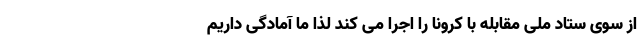
از سوی ستاد ملی مقابله با کرونا را اجرا می کند لذا ما آمادگی داریم